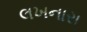
લખનારા